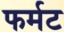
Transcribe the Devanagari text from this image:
फर्मट